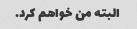
البته من خواهم کرد.